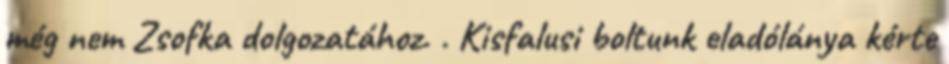
még nem Zsofka dolgozatához. . Kisfalusi boltunk eladólánya kérte